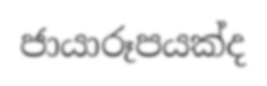
ජායාරූපයක්ද